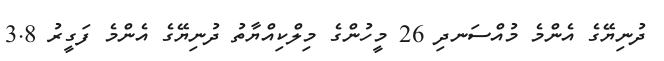
ދުނިޔޭގެ އެންމެ މުއްސަނދި 26 މީހުންގެ މިލްކިއްޔާތު ދުނިޔޭގެ އެންމެ ފަގީރު 3.8